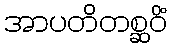
အာပတိတစ္ဆဝိံ